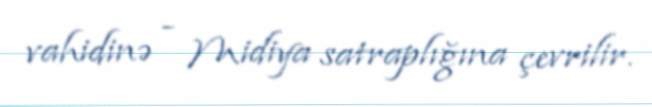
vahidinə - Midiya satraplığına çevrilir.